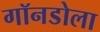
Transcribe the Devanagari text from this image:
गॉनडोला